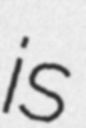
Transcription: is